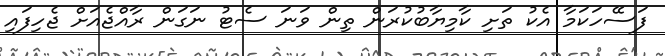
ފަސޭހަކަމާ އެކު ތަށި ކާމިޔާބުކުރަން ތިން ވަނަ ސެޓު ނަގަން ރާއްޖެއަށް ޖެހިފައި